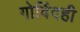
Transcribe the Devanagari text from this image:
गोविंदही